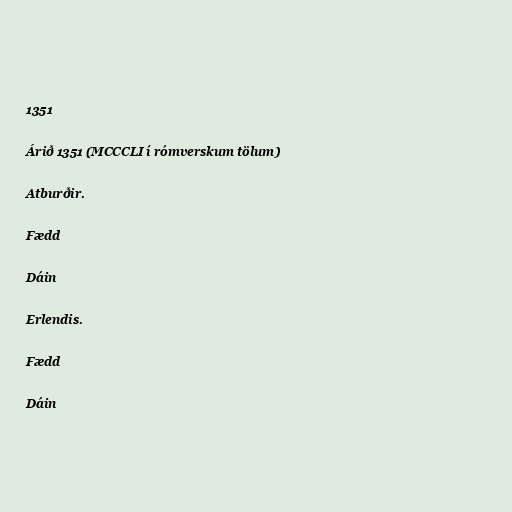
1351

Árið 1351 (MCCCLI í rómverskum tölum)

Atburðir.

Fædd

Dáin

Erlendis.

Fædd

Dáin